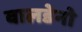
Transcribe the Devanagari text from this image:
वालडेनो